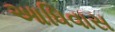
આધિવાસ